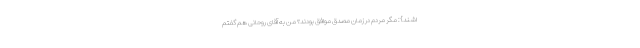
اشند}: مگر مردم در زمان مصدق موافق بودند؟ من به آقای روحانی هم گفتم